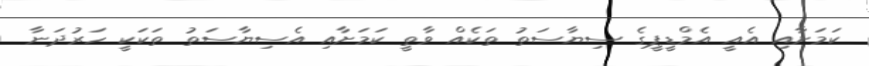
ކަމަށާއި އެއީ އެމްޑީޕީގެ ސިޔާސަތު ތަކެއް ވާތީ ކަމަށާއި އެސިޔާސަތު ތަކަކީ ހަރުދަނާ